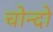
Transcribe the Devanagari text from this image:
चोन्दो